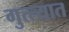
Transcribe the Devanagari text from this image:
गुत्त्यात